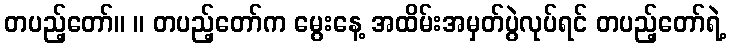
တပည့်တော်။ ။ တပည့်တော်က မွေးနေ့ အထိမ်းအမှတ်ပွဲလုပ်ရင် တပည့်တော်ရဲ့